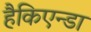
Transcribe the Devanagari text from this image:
हैकिएन्डा